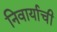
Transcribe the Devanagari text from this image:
निवार्याची